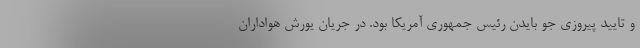
و تایید پیروزی جو بایدن رئیس جمهوری آمریکا بود. در جریان یورش هواداران